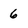
Character: 6